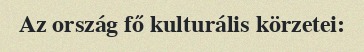
Az ország fő kulturális körzetei: